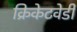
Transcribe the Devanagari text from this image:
क्रिकेटवेडी